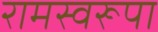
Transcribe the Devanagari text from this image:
रामस्वरूपा